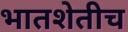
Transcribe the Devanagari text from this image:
भातशेतीच